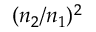
( n _ { 2 } / n _ { 1 } ) ^ { 2 }